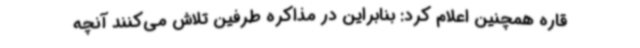
قاره همچنین اعلام کرد: بنابراین در مذاکره طرفین تلاش می‌کنند آنچه